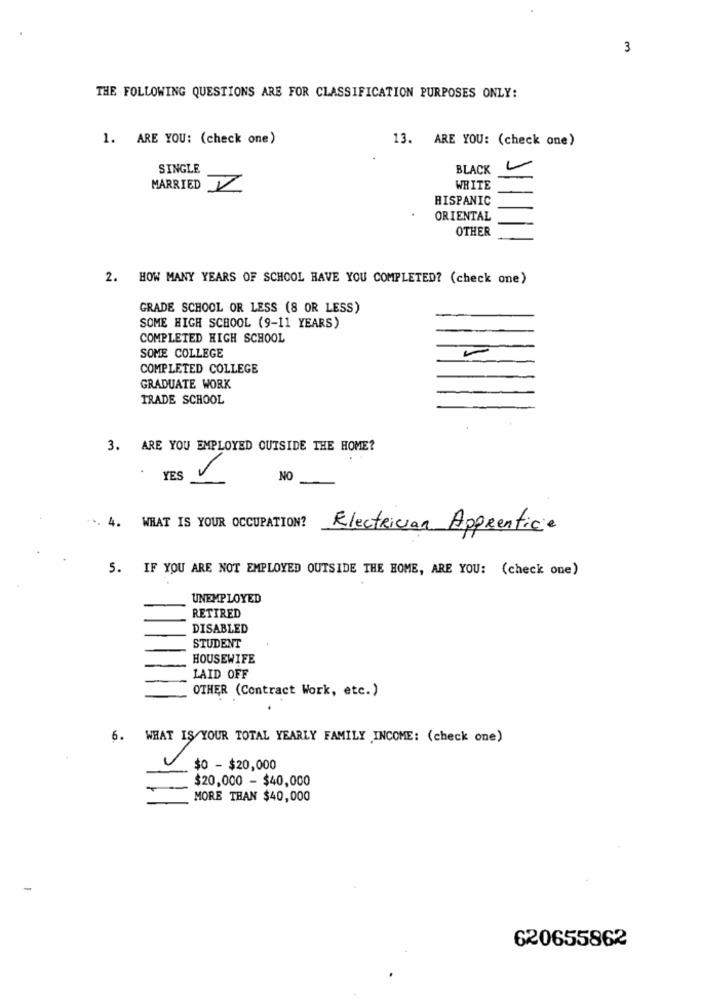
3
THE FOLLOWING QUESTIONS ARE FOR CLASSIFICATION PURPOSES ONLY:
1. ARE YOU: (check one)
13. ARE YOU: (check one)
SINGLE
BLACK
MARRIED V
WHITE
HISPANIC
ORIENTAL
OTHER
2. HOW MANY YEARS OF SCHOOL HAVE YOU COMPLETED? (check one)
GRADE SCHOOL OR LESS (8 OR LESS)
SOME HIGH SCHOOL (9-11 YEARS)
COMPLETED HIGH SCHOOL
SOME COLLEGE
COMPLETED COLLEGE
GRADUATE WORK
TRADE SCHOOL
3. ARE YOU EMPLOYED OUTSIDE THE HOME?
YES
NO
4.
WHAT IS YOUR OCCUPATION?
Electrician Apprentice
5. IF YOU ARE NOT EMPLOYED OUTSIDE THE HOME, ARE YOU: (check one)
UNEMPLOYED
RETIRED
DISABLED
STUDENT
HOUSEWIFE
LAID OFF
OTHER (Contract Work, etc.)
6. WHAT IS YOUR TOTAL YEARLY FAMILY ,INCOME: (check one)
$0 - $20,000
$20,000 - $40,000
MORE THAN $40,000
620655862